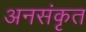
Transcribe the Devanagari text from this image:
अनसंकृत